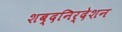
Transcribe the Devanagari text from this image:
शब्दनिर्देशन